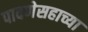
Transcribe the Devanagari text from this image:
पावणेसहाच्या